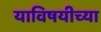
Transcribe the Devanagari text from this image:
याविषयीच्या